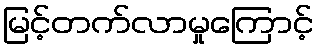
မြင့်တက်လာမှုကြောင့်